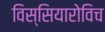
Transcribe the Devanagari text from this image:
विस्सियारोविच